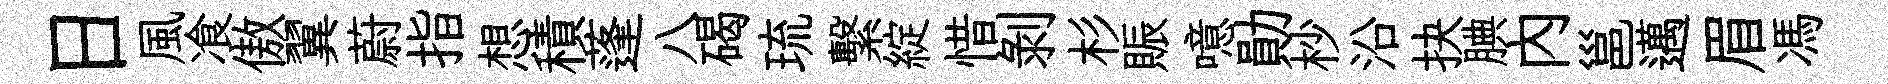
日風飡傲翼蔚指想積蓬八碣琉繫綻惜剥杉賑噫勛杪沿抉腆內邕邁眉馮